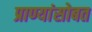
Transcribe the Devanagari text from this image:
प्राण्यांसोबत